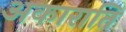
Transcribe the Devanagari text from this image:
अकाराति